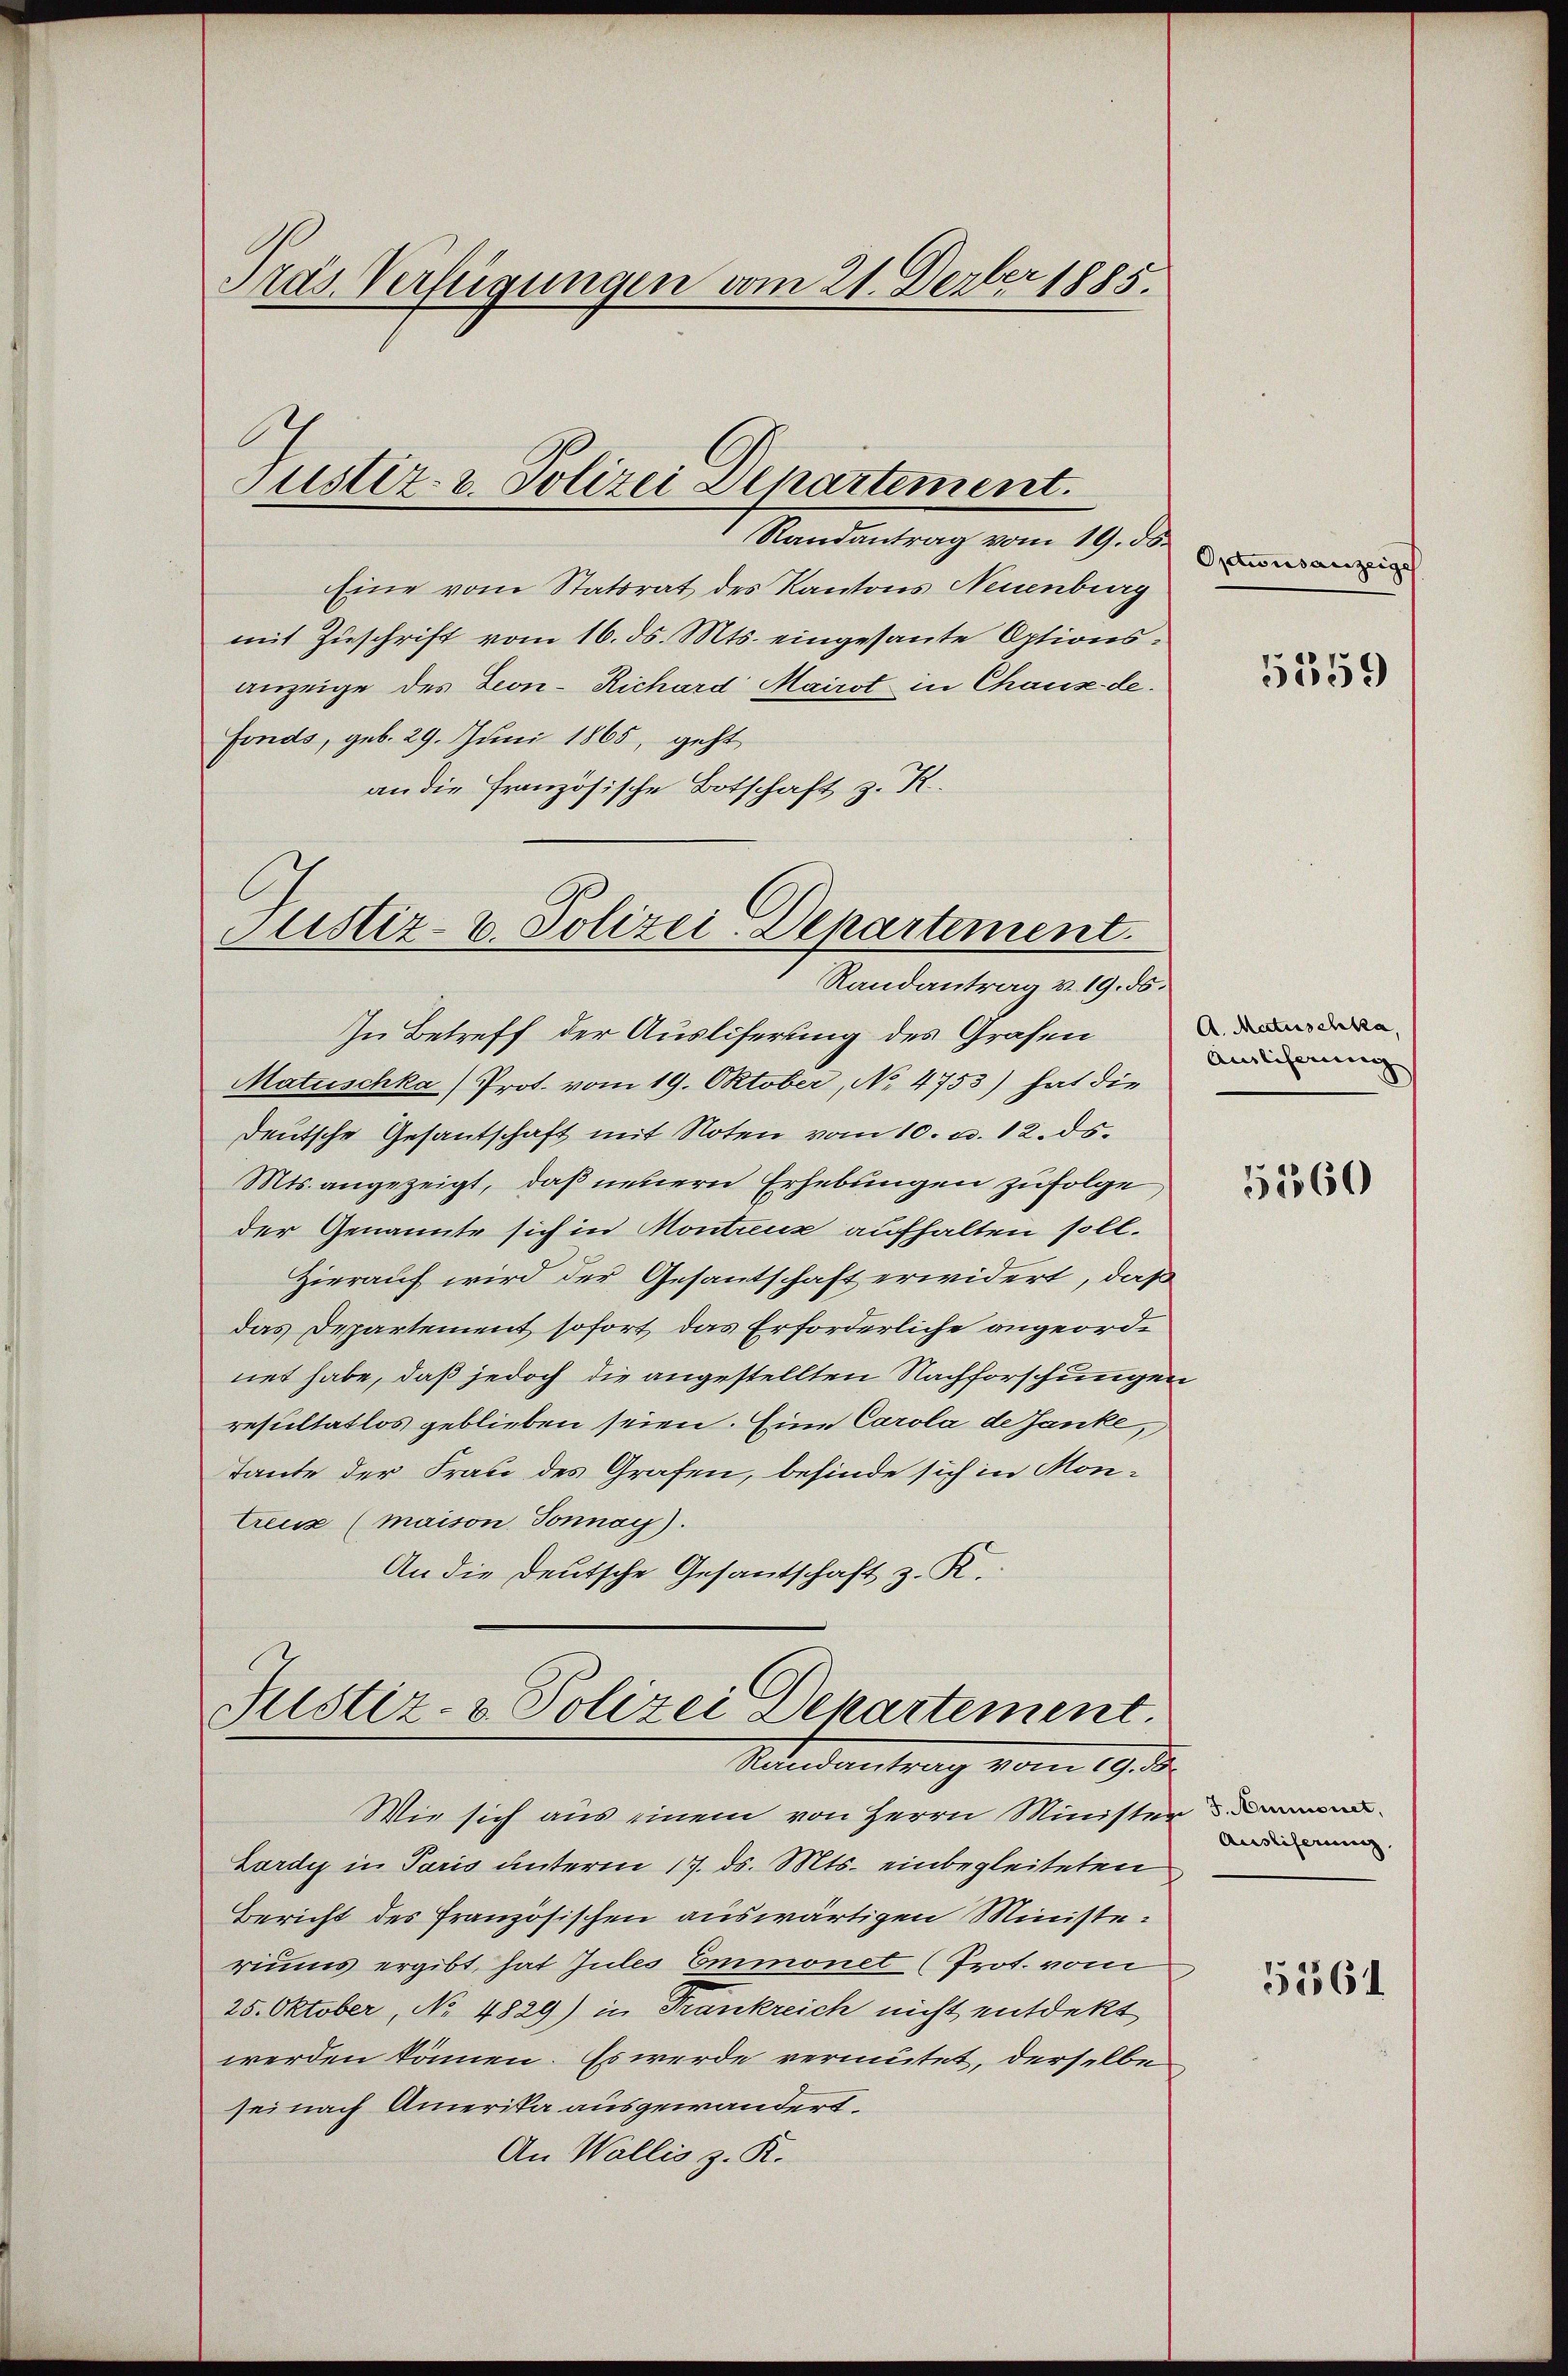
Präs. Verfügungen vom 21. Derber 1885.

Justiz- u. Polizei Departement.
Randantrag vom 19. ds.

Eine vom Statsrat des Kantons Neuenburg
mit Zuschrift vom 16. ds. Mts. eingesante Optionsanzeige des Leon-Richard Mairst in Chaux-de
Fonds, geb. 29. Juni 1865, geht
an die Französische Botschaft z. K.
In Betreff der Auslieferung des Grafen
Matuschka) Prot. vom 19. Oktober, No 4753) hat die
deutsche Gesantschaft mit Noten vom 10. d. 12. ds.
Mts. angezeigt, daß neuern Erhebungen zufolge,
der Genannte sich in Montreuz aufhalten soll.
Hierauf wird der Gesantschaft erwidert, daß
das Departement sofort, das Erforderliche angeordnet habe, daß jedoch die angestellten Nachforschungen
resultatlos geblieben seien. Eine Carola de Janke,
Tante der Frau des Grafen, befinde sich in Mon¬
Creuz (maison Tonnay).
An die Deutsche Gesandtschaft z. R.
Justiz- & Polizei Departement.
Randantrag vom 19. d.
Wie sich aus einem von Herrn Minister
Lardy in Paris unterm 17. ds. Mts. einbegleiteten
Bericht des französischen auswärtigen Ministeriums ergibt, hat Jules Emmonet (Prot. vom
25. Oktober, No 4829) in Frankreich nicht entdekt
werden können. Es werde vermutet, derselbe
sei nach Amerika ausgewandert.
An Wallis z. R.

Sistiz- u. Polizei-Departement.
Randantrag v. 19. ds.

Optwisanzeige

5359

A. Matuschka
Ainlicherung

51360

J. Ammonet,
Auslieferung.

5561